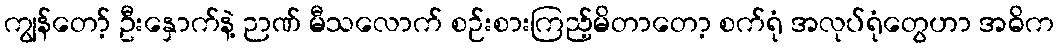
ကျွန်တော့် ဦးနှောက်နဲ့ ဉာဏ် မီသလောက် စဉ်းစားကြည့်မိတာတော့ စက်ရုံ အလုပ်ရုံတွေဟာ အဓိက